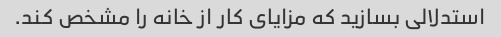
استدلالی بسازید که مزایای کار از خانه را مشخص کند.